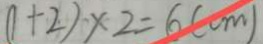
( 1 + 2 ) \times 2 = 6 ( c m )